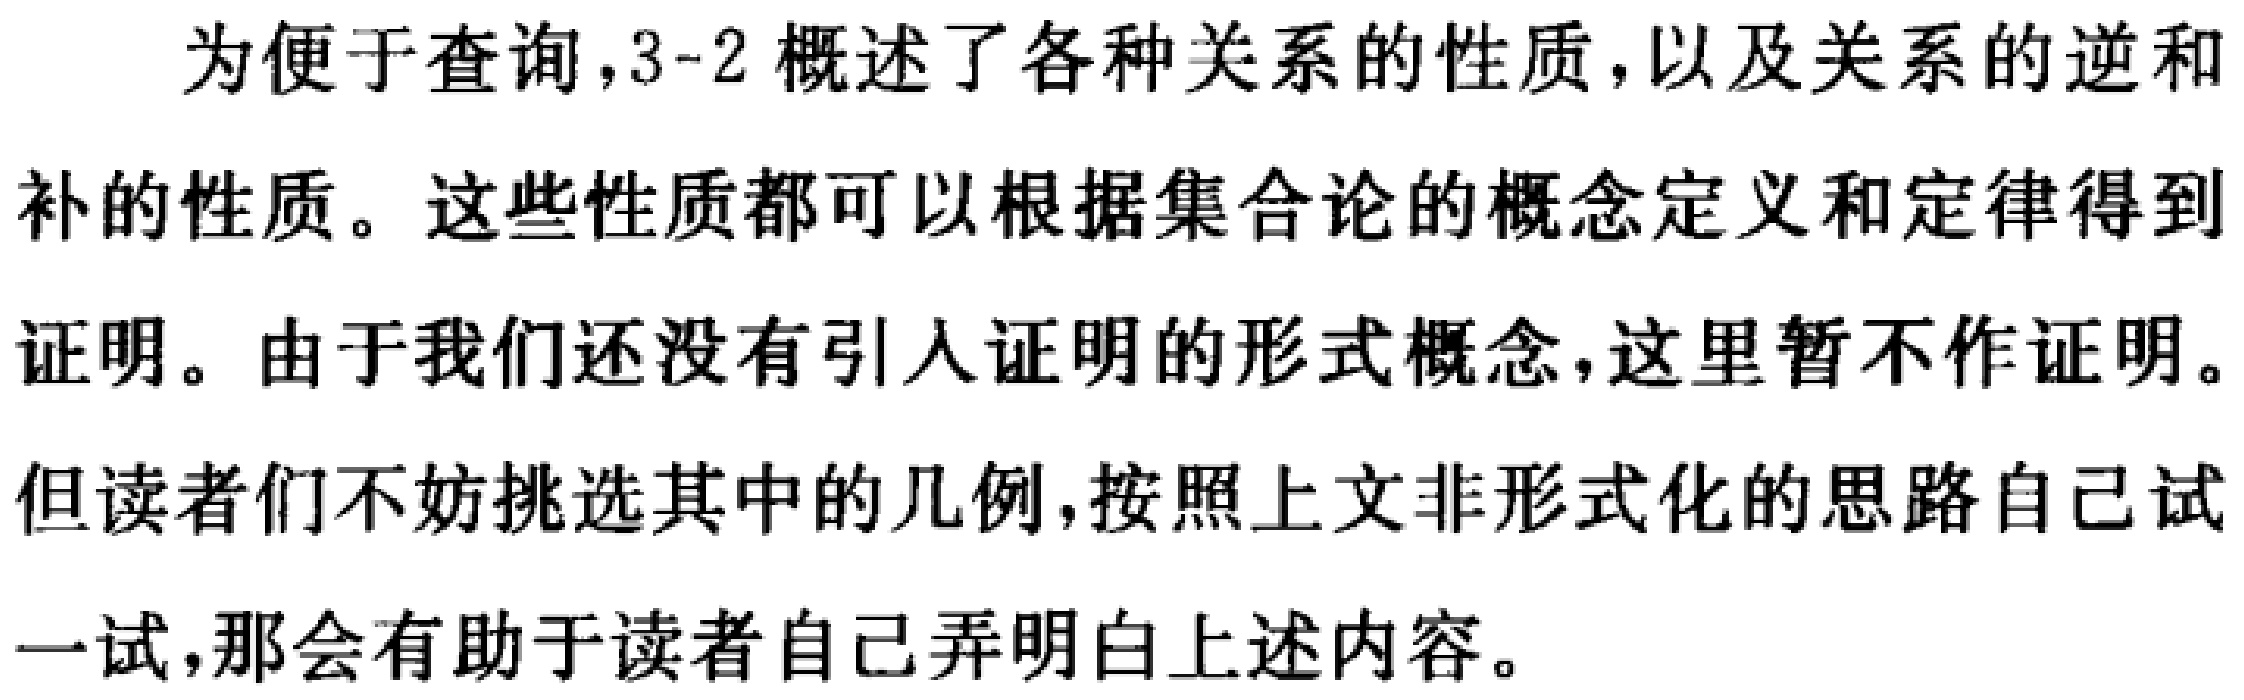
为便于查询，3-2 概述了各种关系的性质，以及关系的逆和

补的性质。这些性质都可以根据集合论的概念定义和定律得到

证明。由于我们还没有引入证明的形式概念，这里暂不作证明。

但读者们不妨挑选其中的几例，按照上文非形式化的思路自己试

一试，那会有助于读者自己弄明白上述内容。